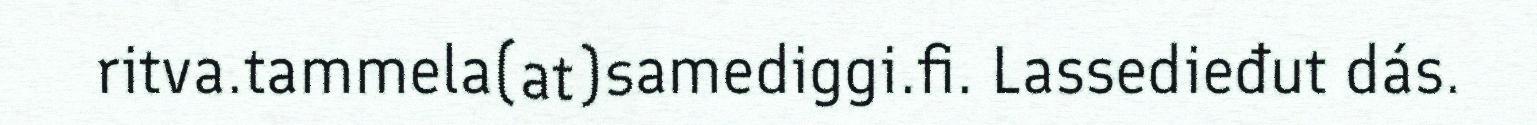
ritva.tammela(at)samediggi.fi. Lassedieđut dás.